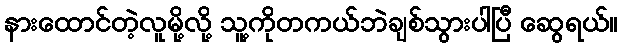
နားထောင်တဲ့လူမို့လို့ သူ့ကိုတကယ်ဘဲချစ်သွားပါပြီ ဆွေရယ်။